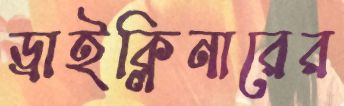
ড্রাইক্লিনারের